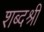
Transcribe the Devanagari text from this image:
शब्दश्री